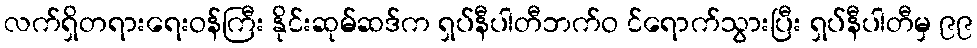
လက်ရှိတရားရေးဝန်ကြီး နိုင်းဆုမ်ဆဒ်က ရှပ်နီပါတီဘက်ဝ င်ရောက်သွားပြီး ရှပ်နီပါတီမှ ၉၉